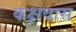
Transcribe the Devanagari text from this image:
कक्षवास